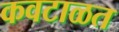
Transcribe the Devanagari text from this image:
कवटाळत